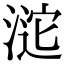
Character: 𣸘